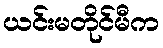
ယင်းမတိုင်မီက